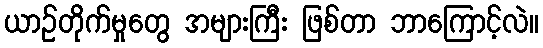
ယာဉ်တိုက်မှုတွေ အများကြီး ဖြစ်တာ ဘာကြောင့်လဲ။